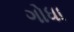
ગોધા